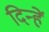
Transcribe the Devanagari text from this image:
दिन्हें